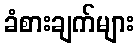
ခံစားချက်များ